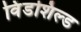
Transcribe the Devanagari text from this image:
विंडशिल्ड